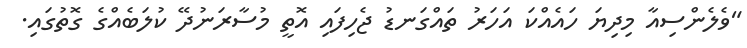
"ވެލެންސިއާ މިދިޔަ ހައެއްކަ އަހަރު ތައްގަނޑު ޖެހިފައި އޮތީ މުސާރަނުދޭ ކުލަބެއްގެ ގޮތުގައި.